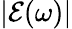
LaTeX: |\mathcal{E}(\omega)|